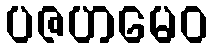
ပဇဟမေဝ